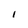
Character: I